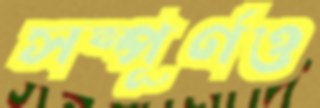
সম্পূর্ণও